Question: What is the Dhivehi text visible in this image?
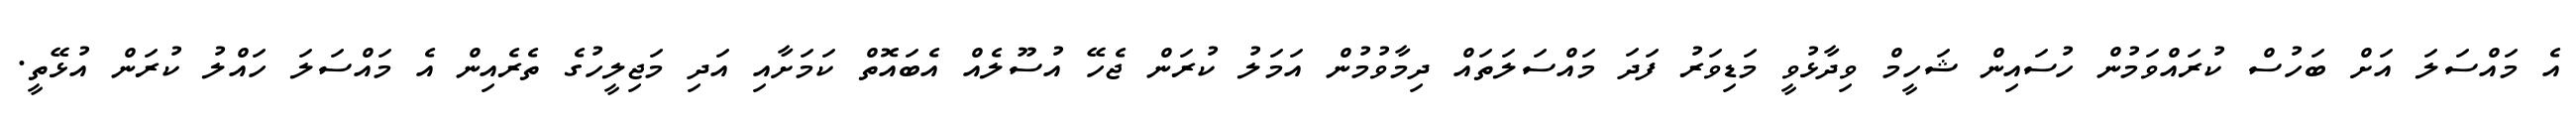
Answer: އެ މައްސަލަ އަށް ބަހުސް ކުރައްވަމުން ހުސައިން ޝަހީމް ވިދާޅުވީ މަޑިވަރު ފަދަ މައްސަލަތައް ދިމާވުމުން އަމަލު ކުރަން ޖެހޭ އުސޫލެއް އެބައޮތް ކަމަށާއި އަދި މަޖިލީހުގެ ތެރެއިން އެ މައްސަލަ ހައްލު ކުރަން އުޅޭތީ.